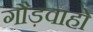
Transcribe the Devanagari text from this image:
गौड़वाहो